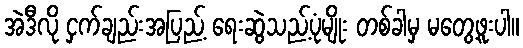
အဲဒီလို ငှက်ချည်းအပြည့် ရေးဆွဲသည့်ပုံမျိုး တစ်ခါမှ မတွေ့ဖူးပါ။